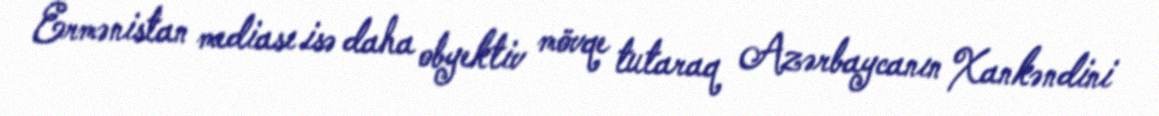
Ermənistan mediası isə daha obyektiv mövqe tutaraq Azərbaycanın Xankəndini